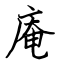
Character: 庵